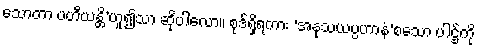
သောတာ ပဟီိယန္တိ’ဟူ၍သာ ဆိုပါလော။ စုဒ်ရှိရကား ‘အနုသယပ္ပဟာနံ’စသော ပါဌ်ကို